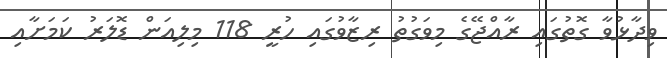
ވިދާޅުވާ ގޮތުގައި ރާއްޖޭގެ މިވަގުތު ރިޒާވުގައި ހުރީ 118 މިލިއަން ޑޮލަރު ކަމަށާއި